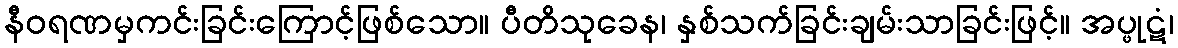
နီဝရဏမှကင်းခြင်းကြောင့်ဖြစ်သော။ ပီတိသုခေန၊ နှစ်သက်ခြင်းချမ်းသာခြင်းဖြင့်။ အပ္ဖုဋံ၊